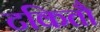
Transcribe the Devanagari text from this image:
टकितौ